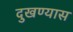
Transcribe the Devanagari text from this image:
दुखण्यास